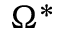
\Omega ^ { * }